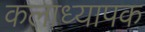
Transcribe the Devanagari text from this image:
कलाध्यापक